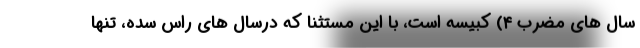
سال های مضرب ۴) کبیسه است، با این مستثنا که درسال های راس سده، تنها